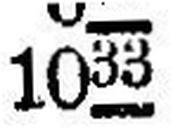
1033